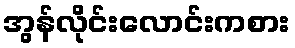
အွန်လိုင်းလောင်းကစား